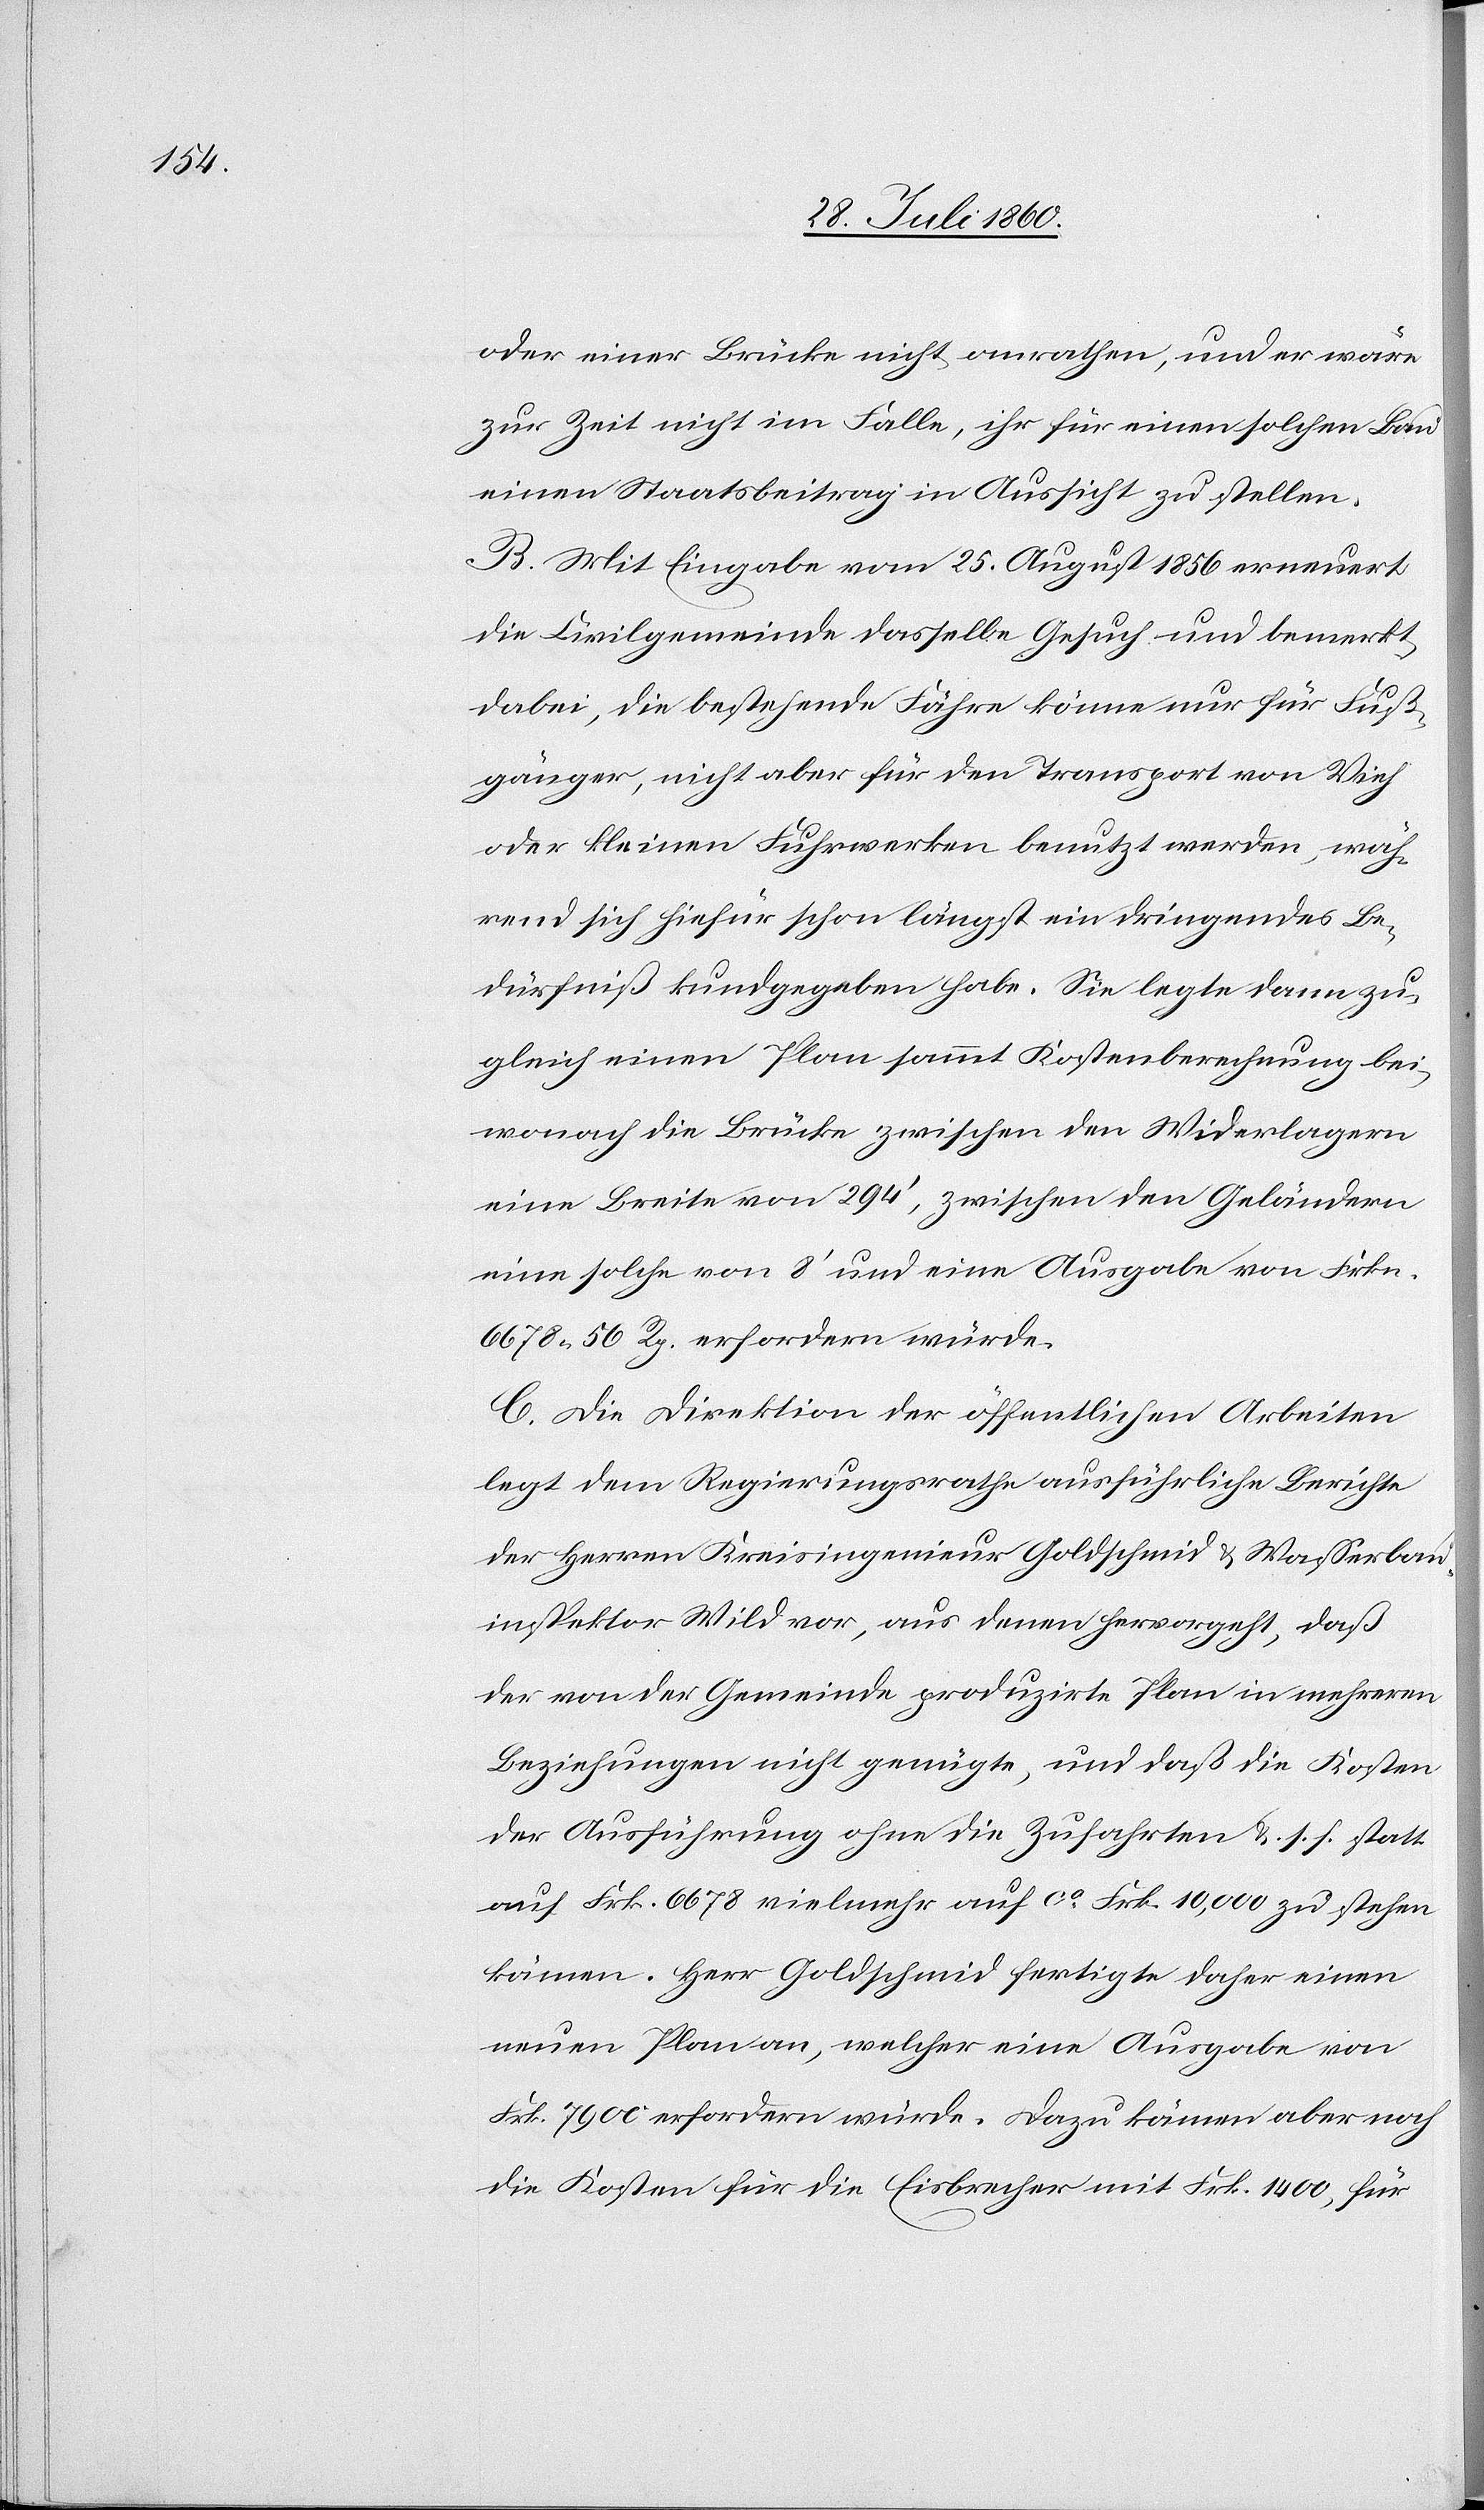
oder einer Brücke nicht anrathen, und er wäre
zur Zeit nicht im Falle, ihr für einen solchen Bau
einen Staatsbeitrag in Aussicht zu stellen.
B. Mit Eingabe vom 25. August 1856 erneuert
die Civilgemeinde dasselbe Gesuch und bemerkt
dabei, die bestehende Fähre könne nur für Fuss¬
gänger, nicht aber für den Transport von Vieh
oder kleinen Fuhrwerken benutzt werden, wäh¬
rend sich hiefür schon längst ein dringendes Be¬
dürfniss kund gegeben habe. Sie legte dann zu¬
gleich einen Plan sammt Kostenberechnung bei,
wonach die Brücke zwischen den Widerlagern
eine Breite von 294’, zwischen den Geländern
eine solche von 8’ und eine Ausgabe von fcs.
6678. 56C erfordern würde.
C. Die Direktion der öffentlichen Arbeiten
legt dem Regierungsrathe ausführliche Berichte
der Herren Kreisingenieur Goldschmid u. Wasserbau¬
inspektor Wild vor, aus denen hervorgeht, dass
der von der Gemeinde producirte Plan in mehrern
Beziehungen nicht genügte, und dass die Kosten
der Ausführung ohne die Zufahrten u. s. f. statt
auf fcs. 6678 vielmehr auf ca fcs. 10,000 zu stehen
kämen. Herr Goldschmied [sic!] fertigte daher einen
neuen Plan an, welcher eine Ausgabe von
fcs. 7900 erfordern würde. Dazu kämen aber noch
die Kosten für die Eisbrecher mit fcs. 1400, für